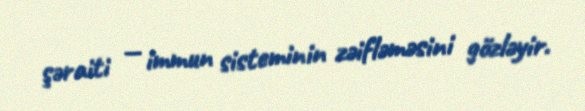
şəraiti — immun sisteminin zəifləməsini gözləyir.